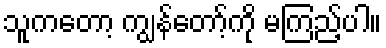
သူကတော့ ကျွန်တော့်ကို မကြည့်ပါ။